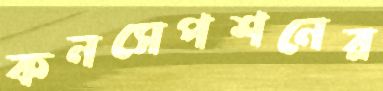
কনসেপশনের